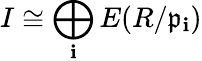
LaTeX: I\cong\bigoplus_{\mathbf{i}}E(R/{\mathfrak{{p}}}_{\mathbf{i}})